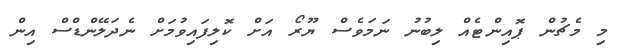
މި މެޗުން ޕޮއިންޓެއް ލިބުނު ނަމަވެސް ޔޫރޯ އަށް ކޮލިފައިވުމަށް ނެދަލޭންޑްސް އިން